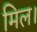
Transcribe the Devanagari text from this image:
मिल।